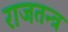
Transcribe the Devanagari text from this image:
राजतन्‍त्र